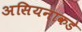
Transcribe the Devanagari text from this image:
असियनाकडे